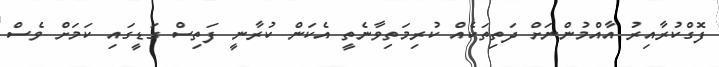
ފޮގްކުރާއިރު އާއްމުންނަށް ދަތިތަކެއް ކުރިމަތިވާނެތީ އެކަން ކުރާނީ ފަތިސް ގަޑީގައި ކަމަށް ވެސް